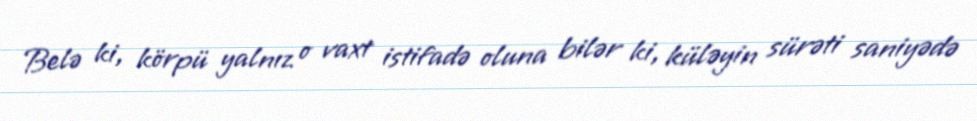
Belə ki, körpü yalnız o vaxt istifadə oluna bilər ki, küləyin sürəti saniyədə